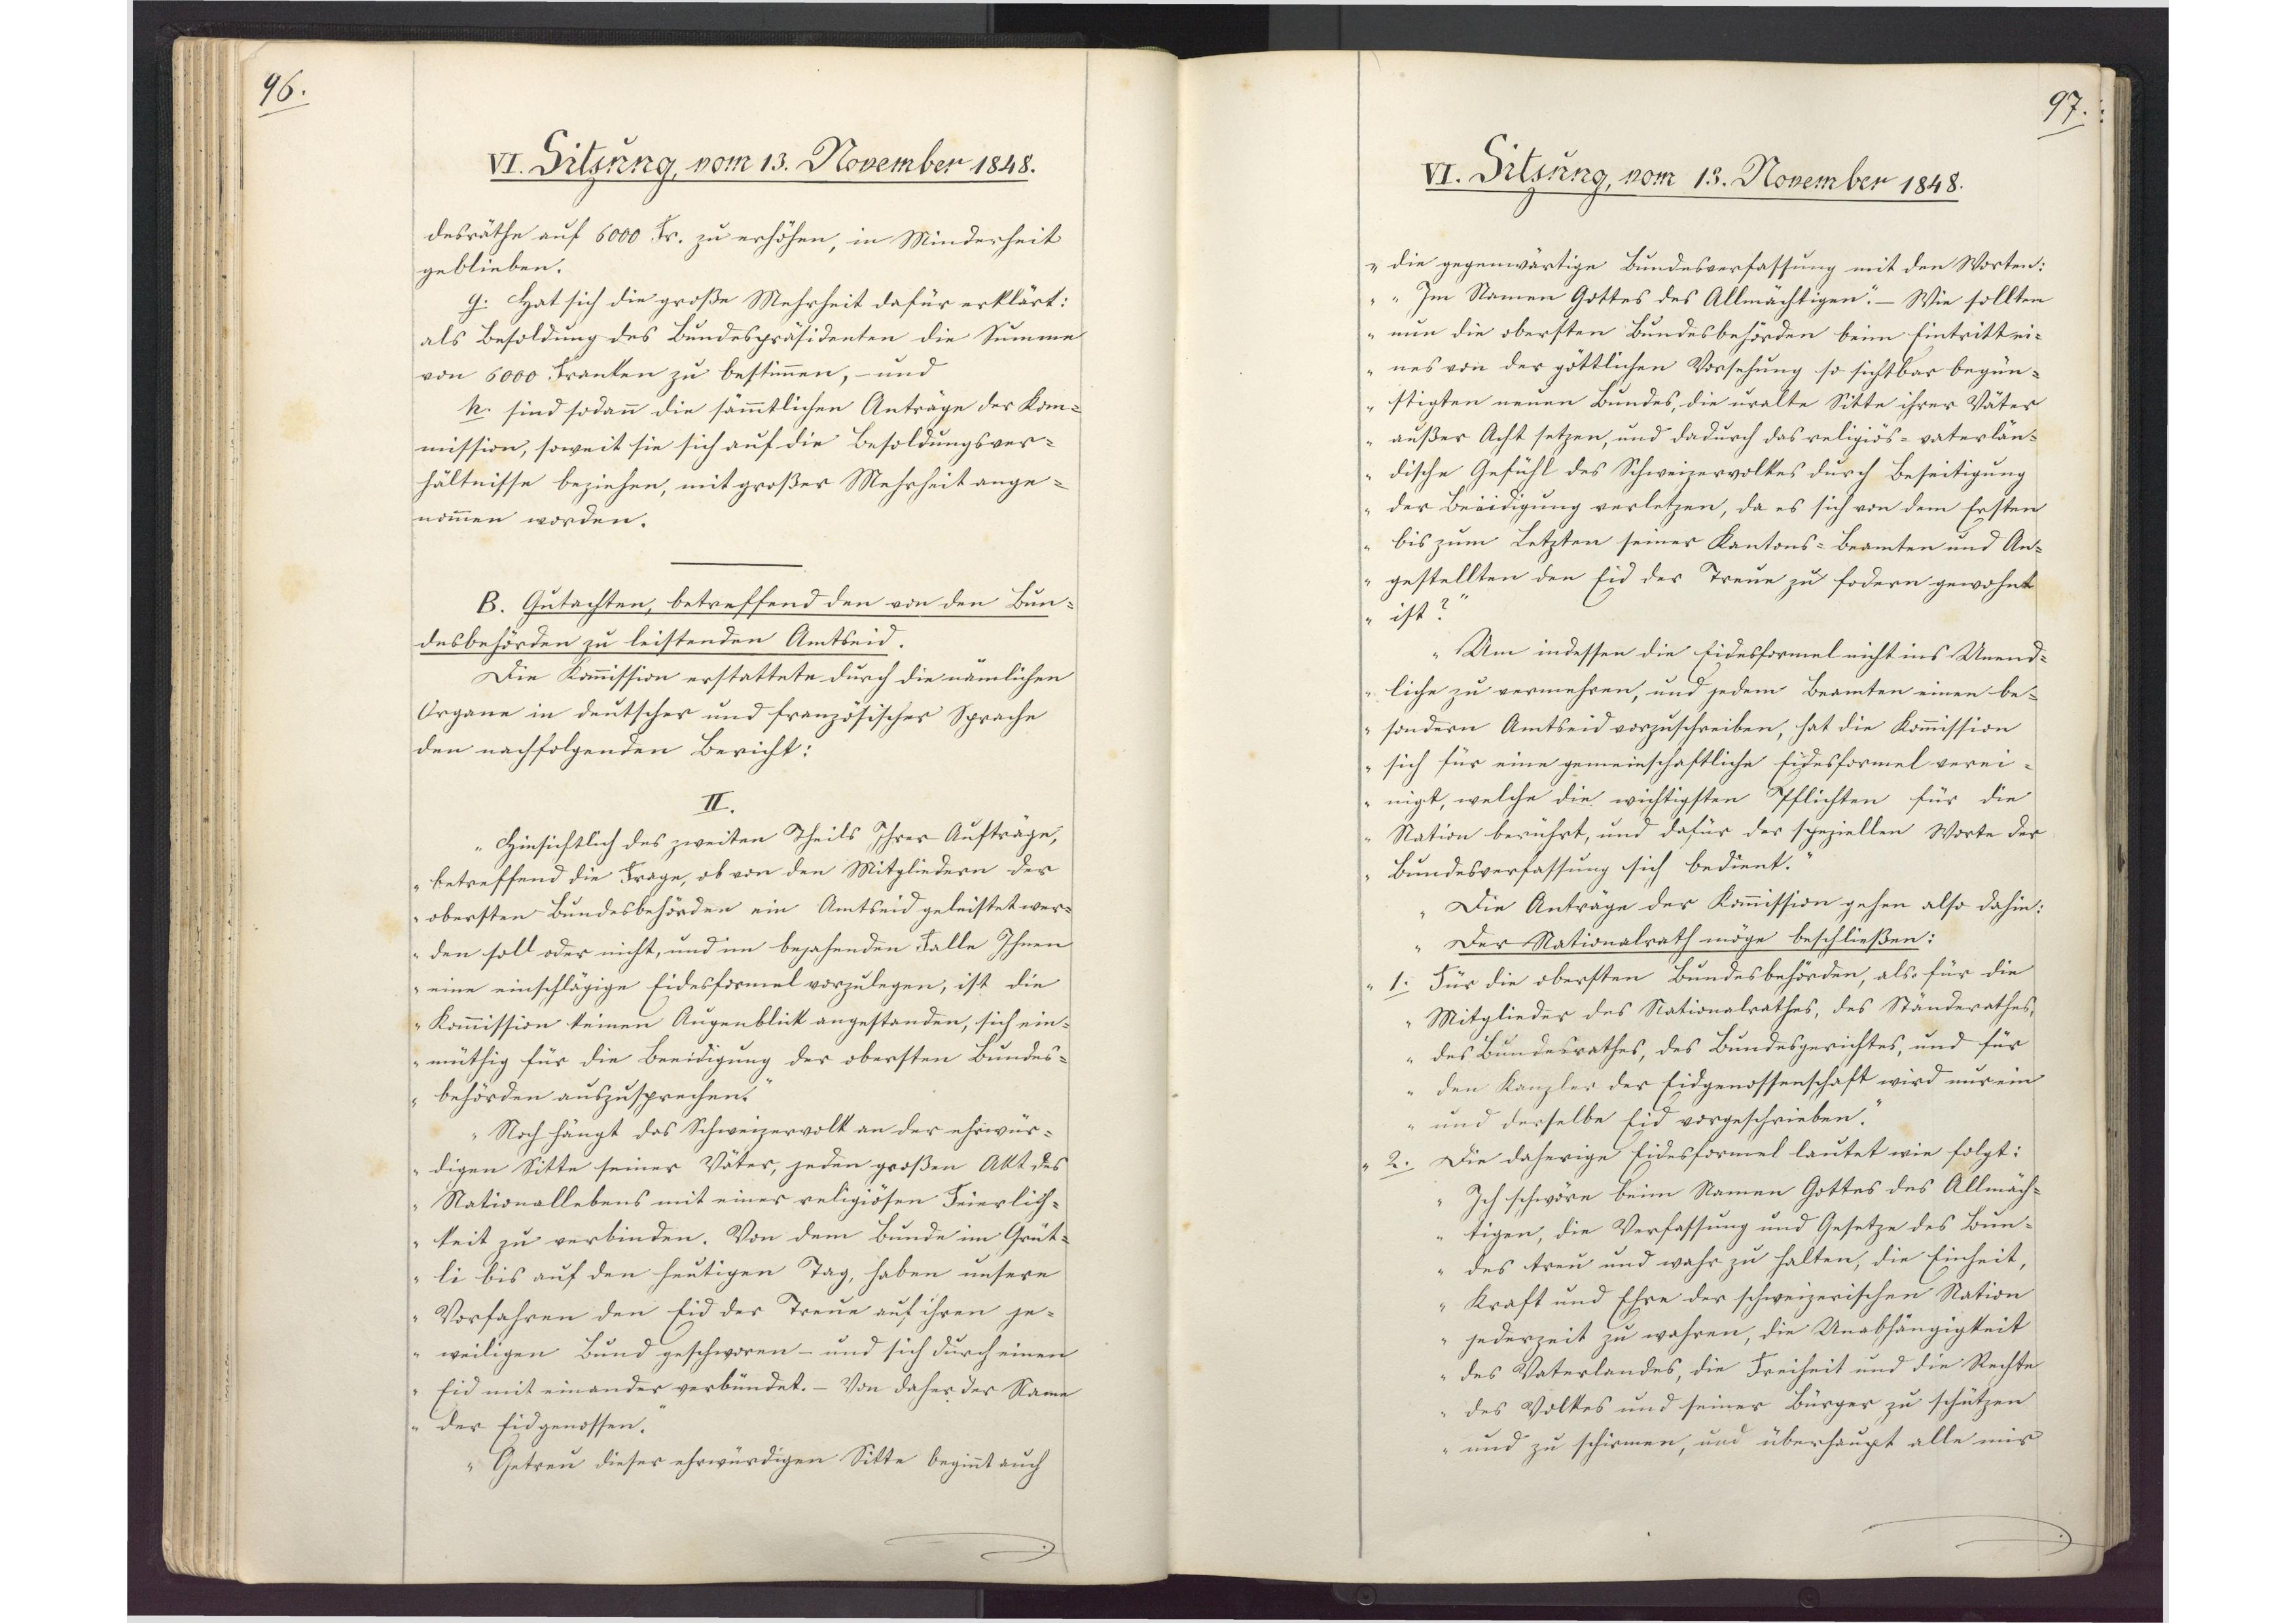
96.

VI. Sitzung, vom 13. November 1848.

desräthe auf 6000 Fr. zu erhöhen, in Minderheit
geblieben.
g. Hat sich die große Mehrheit dafür erklärt:
als Besoldung des Bundespräsidenten die Summe
von 6000 Franken zu bestimmen, - und
h. sind sodann die sämmtlichen Anträge der Kom¬
mission, soweit sie sich auf die Besoldungsver¬
hältnisse beziehen, mit großer Mehrheit ange¬
nommen worden.
B. Gutachten, betreffend den von den Bun¬
desbehörden zu leistenden Amtseid.
Die Kommission erstattete durch die nämlichen
Organe in deutscher und französischer Sprache
den nachfolgenden Bericht:
II.
"Hinsichtlich des zweiten Theils Ihrer Aufträge,
betreffend die Frage, ob von den Mitgliedern der
obersten Bundesbehörden ein Amtseid geleistet wer¬
den soll oder nicht, und im bejahenden Falle Ihnen
eine einschlägige Eidesformel vorzulegen, ist die
Kommission keinen Augenblick angestanden, sich ein¬
müthig für die Beeidigung der obersten Bundes¬
behörden auszusprechen.
Noch hängt das Schweizervolk an der ehrwür¬
digen Sitte seiner Väter, jeden großen Akt des
Nationallebens mit einer religiösen Feierlich¬
keit zu verbinden. Von dem Bunde im Grüt¬
li bis auf den heutigen Tag, haben unsere
Vorfahren den Eid der Treue auf ihren je¬
weiligen Bund geschworen - und sich durch einen
Eid mit einander verbündet. - Von daher der Name
der Eidgenossen."
"Getreu dieser ehrwürdigen Sitte beginnt auch

97.

VI. Sitzung, vom 13. November 1848.

die gegenwärtige Bundesverfassung mit den Worten:
"Im Namen Gottes des Allmächtigen." - Wie sollten
nun die obersten Bundesbehörden beim Eintritt ei¬
nes von der göttlichen Vorsehung so sichtbar begün¬
stigten neuen Bundes, die uralte Sitte ihrer Väter
außer Acht setzen, und dadurch das religiös-vaterlän¬
dische Gefühl des Schweizervolkes durch Beseitigung
der Beeidigung verletzen, da es sich von dem Ersten
bis zum Letzten seiner Kantons-Beamten und An¬
gestellten den Eid der Treue zu fodern gewohnt
ist?"
"Um indessen die Eidesformel nicht ins Unend¬
liche zu vermehren, und jedem Beamten einen be¬
sondern Amtseid vorzuschreiben, hat die Kommission
sich für eine gemeinschaftliche Eidesformel verei¬
nigt, welche die wichtigsten Pflichten für die
Nation berührt, und dafür der speziellen Worte der
Bundesverfassung sich bedient."
Die Antrage der Kommission gehen also dahin
"Der Nationalrath möge beschließen:
1. Für die obersten Bundesbehörden, als für die
Mitglieder des Nationalrathes, des Ständerathes
des Bundesrathes, des Bundesgerichtes, und für
den Kanzler der Eidgenossenschaft wird nur ein
und derselbe Eid vorgeschrieben.
2. Die daherige Eidesformel lautet wie folgt:
"Ich schwöre beim Namen Gottes des Allmäch¬
tigen, die Verfassung und Gesetze des Bun¬
des treu und wahr zu halten, die Einheit,
Kraft und Ehre der schweizerischen Nation
jederzeit zu wahren, die Unabhängigkeit
des Vaterlandes, die Freiheit und die Rechte
des Volkes und seiner Bürger zu schützen
und zu schirmen, und überhaupt alle nur